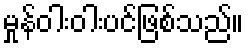
မှုန်ဝါးဝါးပင်ဖြစ်သည်။